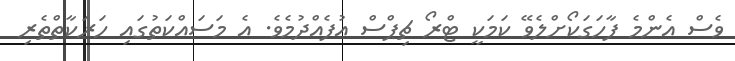
ވެސް އެންމެ ފާހަގަކޯށްލެވޭ ކަމަކީ ޓްރޯ ޗިޕްސް އުފެއްދުމެވެ. އެ މަސައްކަތުގައި ހަރަކާތްތެރި